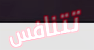
تتنافس